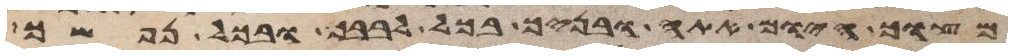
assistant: מצוך היום אתה ובניך בכל לבבך ובכל נפשך